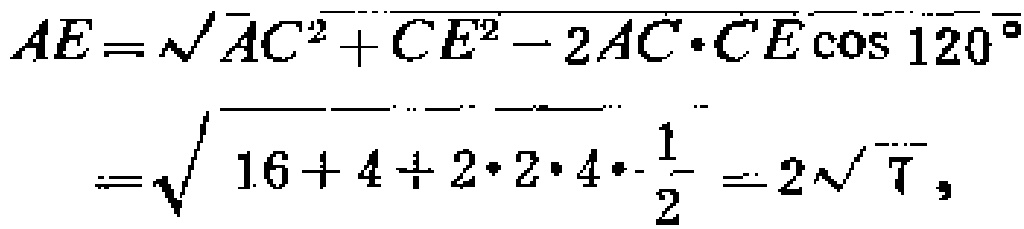
\[
\begin{align*}
AE&=\sqrt{AC^{2}+CE^{2}-2AC\cdot CE\cos120^{\circ}}\\
&=\sqrt{16 + 4+2\cdot2\cdot4\cdot\frac{1}{2}} = 2\sqrt{7},
\end{align*}
\]